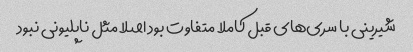
شیرینی با سری‌های قبل کاملا متفاوت بود اصلا مثل ناپلیونی نبود